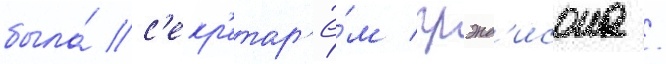
была́ с'екр'етар'ё́м грэнд'исона /